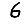
Digit: 6